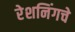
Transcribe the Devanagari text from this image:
रेशनिंगचे